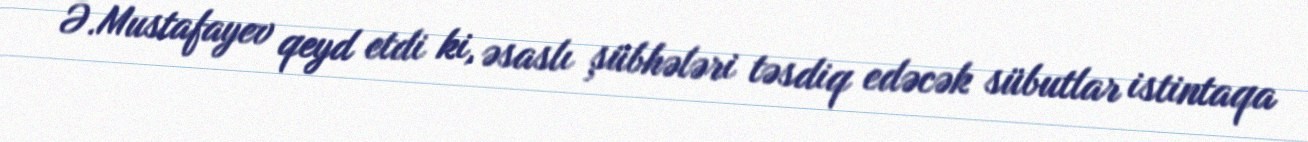
Ə.Mustafayev qeyd etdi ki, əsaslı şübhələri təsdiq edəcək sübutlar istintaqa